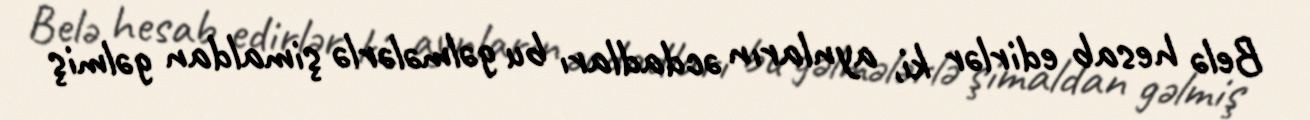
Belə hesab edirlər ki, aynların əcdadları bu gəlmələrlə şimaldan gəlmiş